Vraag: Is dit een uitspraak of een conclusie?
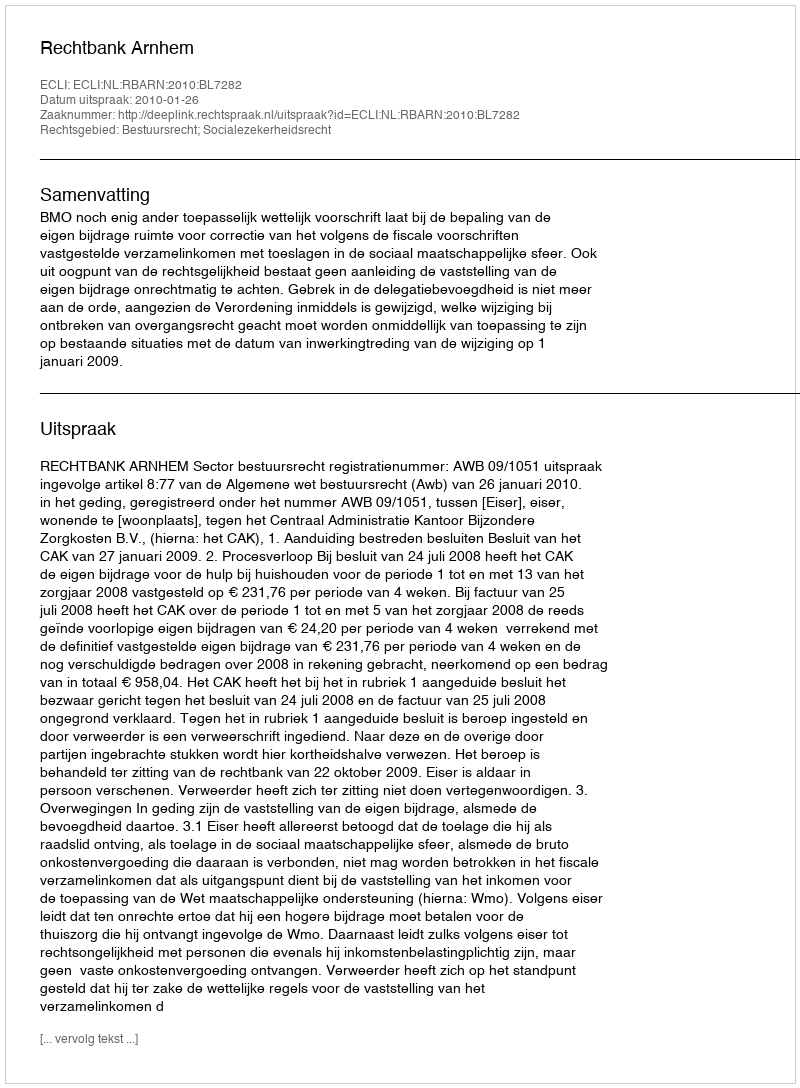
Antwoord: Uitspraak